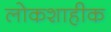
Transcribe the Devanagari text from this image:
लोकशाहीक